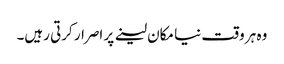
وہ ہر وقت نیا مکان لینے پر اصرار کرتی رہیں۔